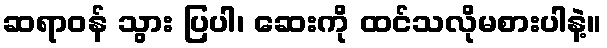
ဆရာဝန် သွား ပြပါ၊ ဆေးကို ထင်သလိုမစားပါနဲ့။